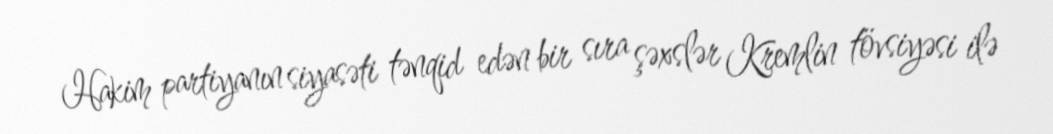
Hakim partiyanın siyasəti tənqid edən bir sıra şəxslər Kremlin tövsiyəsi ilə